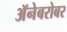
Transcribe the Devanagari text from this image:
अॅनेबरोबर